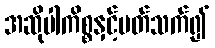
အဆိုပါကိစ္စနှင့်ပတ်သက်၍